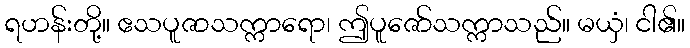
ရဟန်းတို့။ ဧသပူဇာသက္ကာရော၊ ဤပူဇော်သက္ကာသည်။ မယှံ၊ ငါ၏။